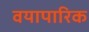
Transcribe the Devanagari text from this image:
वयापारिक